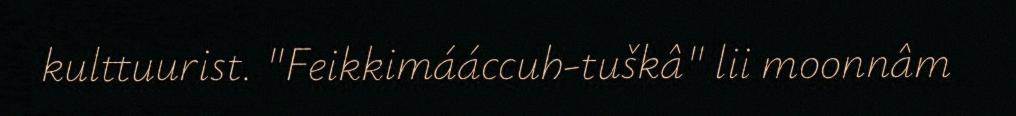
kulttuurist. "Feikkimááccuh-tuškâ" lii moonnâm